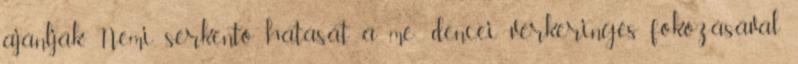
ajánlják. Nemi serkentő hatását a me- dencei vérkeringés fokozásával